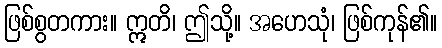
ဖြစ်စွတကား။ ဣတိ၊ ဤသို့။ အဟေသုံ၊ ဖြစ်ကုန်၏။